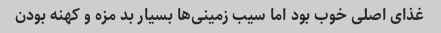
غذای اصلی خوب بود اما سیب زمینی‌ها بسیار بد مزه و کهنه بودن